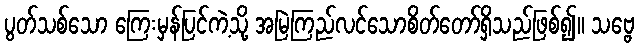
ပွတ်သစ်သော ကြေးမှန်ပြင်ကဲ့သို့ အမြဲကြည်လင်သောစိတ်တော်ရှိသည်ဖြစ်၍။ သဗ္ဗေ